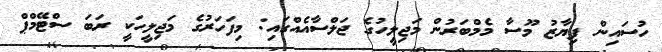
ހުސައިން ފިޔާޒު މޫސާ މެމްބަރުން މަޖިލީހުގެ ޖަލްސާއެއްގައި: މިފަހަރުގެ މަޖިލީހަކީ ރަބަ ސްޓޭމްޕް